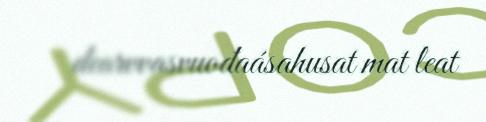
dearvvasvuođaásahusat mat leat